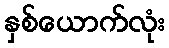
နှစ်ယောက်လုံး